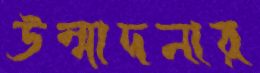
উন্মাদনার